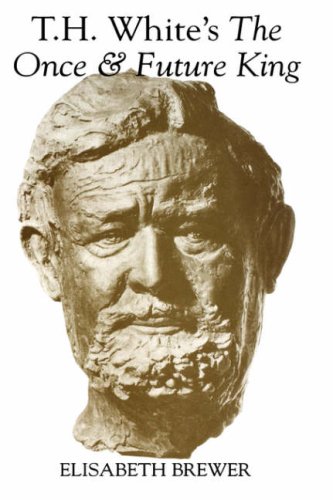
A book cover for T.H. White's The Once and Future King (Arthurian Studies); Elisabeth Brewer; Science Fiction & Fantasy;